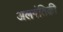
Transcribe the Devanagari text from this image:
अलगंतिक़ी